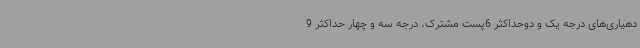
دهیاری‌های درجه یک و دوحداکثر 6پست مشترک، درجه سه و چهار حداکثر 9